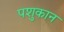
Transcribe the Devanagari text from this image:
पशुकान